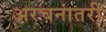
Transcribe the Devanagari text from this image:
अरचनांतरी